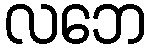
လဘေ